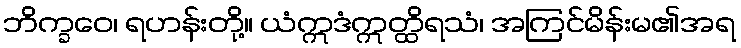
ဘိက္ခဝေ၊ ရဟန်းတို့။ ယံဣဒံဣတ္ထိရသံ၊ အကြင်မိန်းမ၏အရ